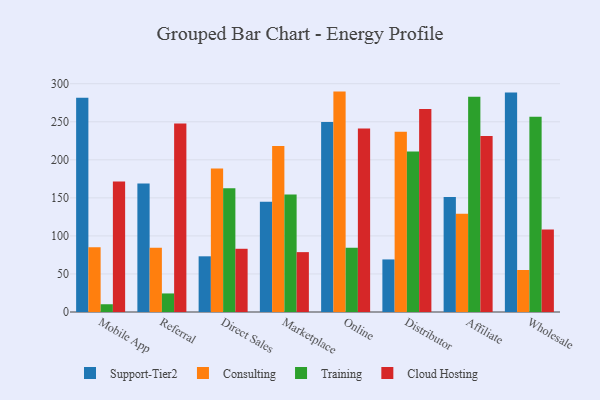
{"axis": {"x": "Channel", "y": "Latency (ms)"}, "legend": ["Cloud Hosting", "Consulting", "Support-Tier2", "Training"], "data": [{"x": "Mobile App", "y": 281.6, "type": "Support-Tier2"}, {"x": "Mobile App", "y": 85.1, "type": "Consulting"}, {"x": "Mobile App", "y": 10.2, "type": "Training"}, {"x": "Mobile App", "y": 171.5, "type": "Cloud Hosting"}, {"x": "Referral", "y": 168.9, "type": "Support-Tier2"}, {"x": "Referral", "y": 84.5, "type": "Consulting"}, {"x": "Referral", "y": 24.4, "type": "Training"}, {"x": "Referral", "y": 247.9, "type": "Cloud Hosting"}, {"x": "Direct Sales", "y": 73.2, "type": "Support-Tier2"}, {"x": "Direct Sales", "y": 188.7, "type": "Consulting"}, {"x": "Direct Sales", "y": 162.7, "type": "Training"}, {"x": "Direct Sales", "y": 83.1, "type": "Cloud Hosting"}, {"x": "Marketplace", "y": 145.0, "type": "Support-Tier2"}, {"x": "Marketplace", "y": 218.3, "type": "Consulting"}, {"x": "Marketplace", "y": 154.6, "type": "Training"}, {"x": "Marketplace", "y": 78.7, "type": "Cloud Hosting"}, {"x": "Online", "y": 249.9, "type": "Support-Tier2"}, {"x": "Online", "y": 289.7, "type": "Consulting"}, {"x": "Online", "y": 84.3, "type": "Training"}, {"x": "Online", "y": 241.2, "type": "Cloud Hosting"}, {"x": "Distributor", "y": 69.1, "type": "Support-Tier2"}, {"x": "Distributor", "y": 237.0, "type": "Consulting"}, {"x": "Distributor", "y": 211.0, "type": "Training"}, {"x": "Distributor", "y": 266.8, "type": "Cloud Hosting"}, {"x": "Affiliate", "y": 151.1, "type": "Support-Tier2"}, {"x": "Affiliate", "y": 129.3, "type": "Consulting"}, {"x": "Affiliate", "y": 282.9, "type": "Training"}, {"x": "Affiliate", "y": 231.2, "type": "Cloud Hosting"}, {"x": "Wholesale", "y": 288.5, "type": "Support-Tier2"}, {"x": "Wholesale", "y": 55.2, "type": "Consulting"}, {"x": "Wholesale", "y": 256.7, "type": "Training"}, {"x": "Wholesale", "y": 108.3, "type": "Cloud Hosting"}]}